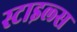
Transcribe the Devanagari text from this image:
स्‍टाइल्‍स